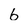
Character: 6